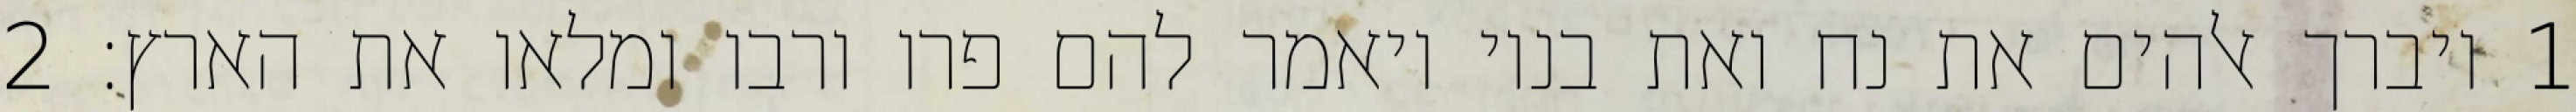
1 ויברך אלהים את נח ואת בניו ויאמר להם פרו ורבו ומלאו את הארץ׃ ‎2‏